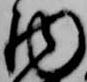
物